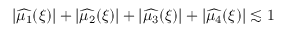
\begin{array} { r } { | \widehat { \mu _ { 1 } } ( \xi ) | + | \widehat { \mu _ { 2 } } ( \xi ) | + | \widehat { \mu _ { 3 } } ( \xi ) | + | \widehat { \mu _ { 4 } } ( \xi ) | \lesssim 1 } \end{array}